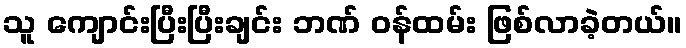
သူ ကျောင်းပြီးပြီးချင်း ဘဏ် ဝန်ထမ်း ဖြစ်လာခဲ့တယ်။